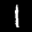
Digit: 1